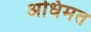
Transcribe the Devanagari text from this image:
अधिमत